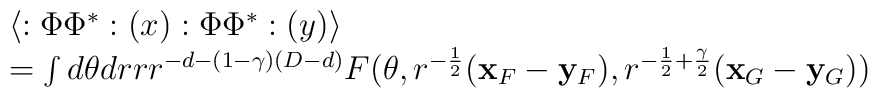
\begin{array}{l}\langle :\Phi\Phi^{*}:(x) :\Phi\Phi^{*}:(y)\rangle\cr=\int d\theta drr r^{-d-(1-\gamma)(D-d)}F(\theta,r^{-\frac{1}{2}}({\bf x}_{F}-{\bf y}_{F}),r^{-\frac{1}{2}+\frac{\gamma}{2}} ({\bf x}_{G}-{\bf y}_{G}))\end{array}